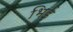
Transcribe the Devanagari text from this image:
भिई